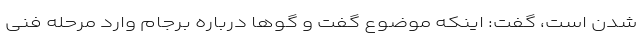
شدن است، ‌گفت: اینکه موضوع گفت و گوها درباره برجام وارد مرحله فنی